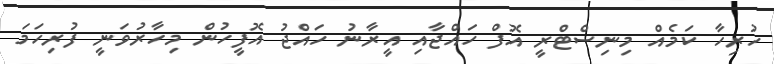
ހުރިހާ ކަމެއް މިނިސްޓްރީ އޮފް ހައްޖާއި އީރާނު ހައްޖު އޮފީހުން މިހާރުވަނީ ފުރިހަމަ